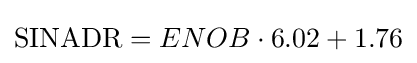
\mathrm {SINADR} =ENOB\cdot 6.02+1.76